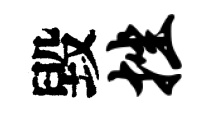
毀挫